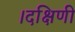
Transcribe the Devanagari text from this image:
।दक्षिणी